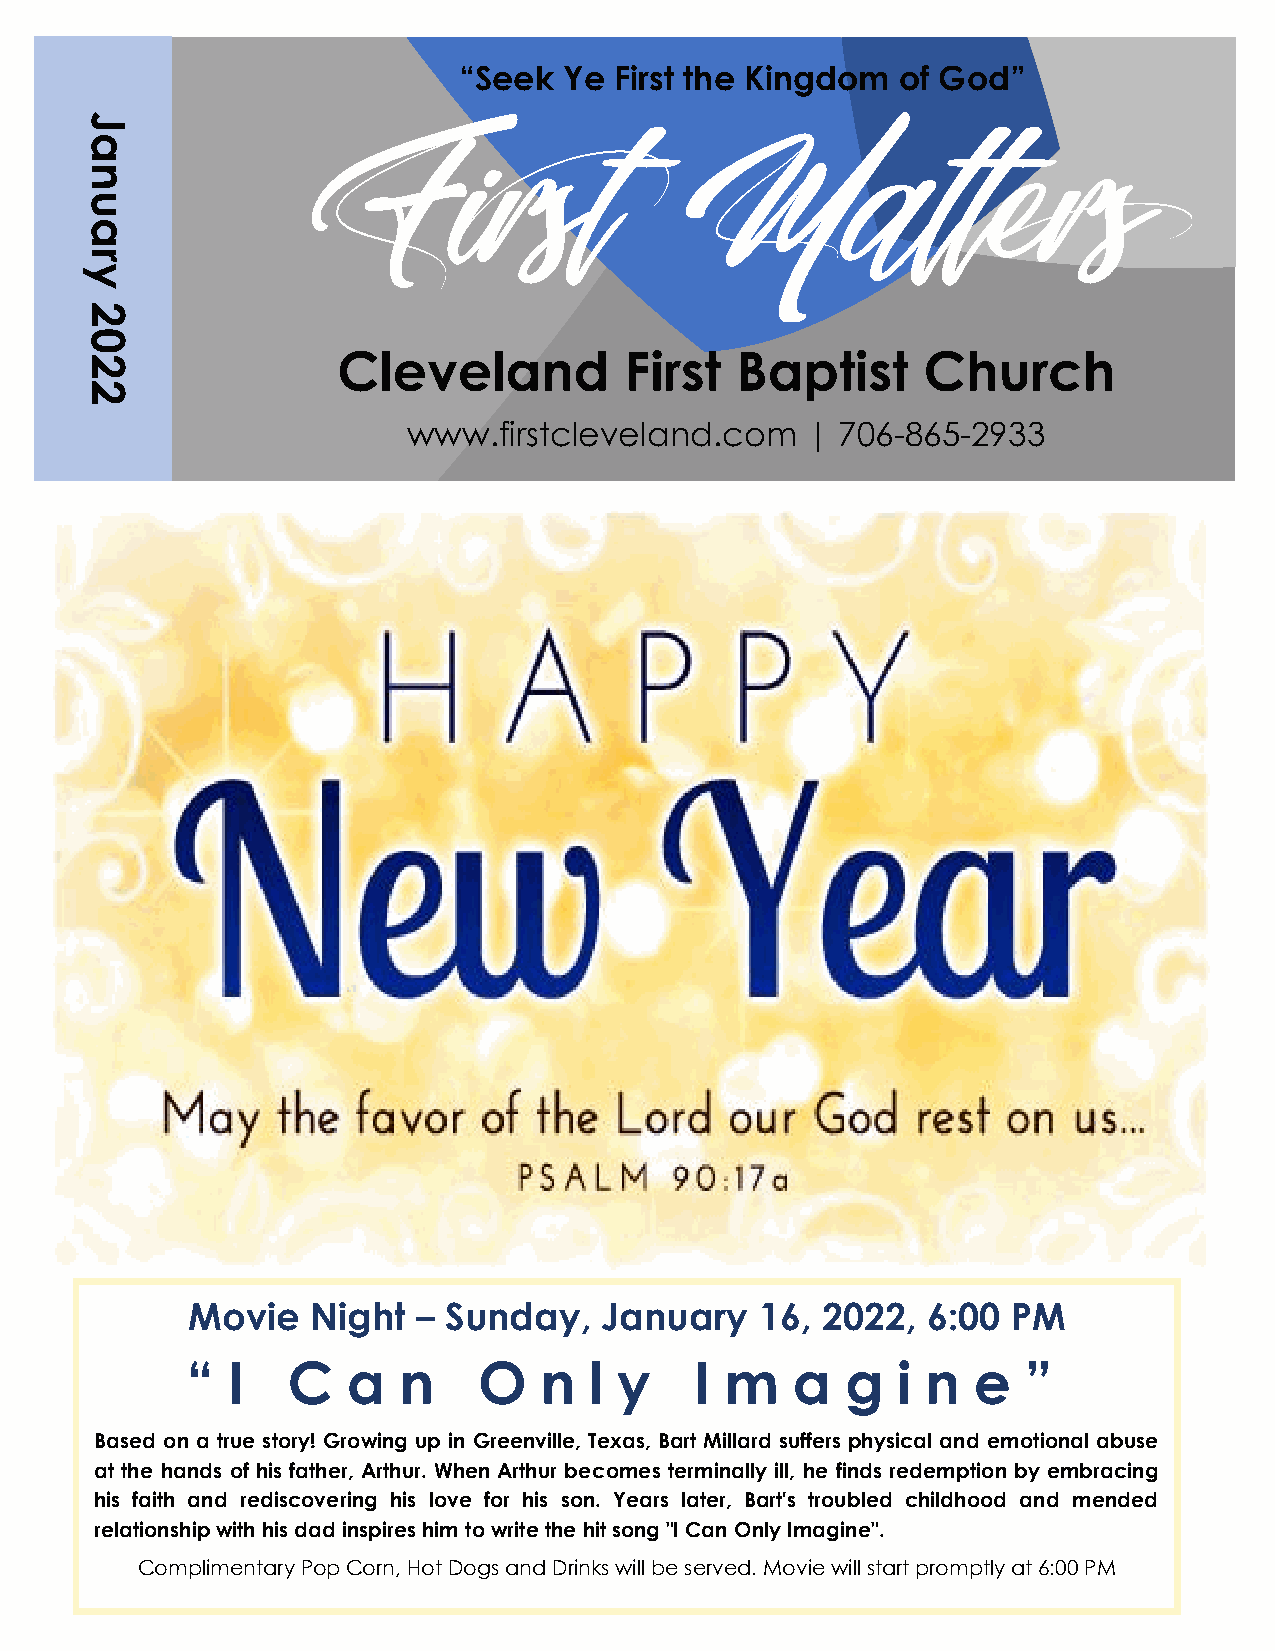
“Seek  Ye  First the Kingdom of God”
 J
 a
 n
 u
 a
 r
 y
 2
 0
 Cleveland          First   Baptist     Church
 2
 2
 www.firstcleveland.com    |  706-865-2933
 Movie    Night  – Sunday,   January   16, 2022,  6:00  PM
 “  I   C   a  n     O   n  l y    I m   a   g  i n  e   ”
 Based on a true story! Growing up in Greenville, Texas, Bart Millard suffers physical and emotional abuse
 at the hands of his father, Arthur. When Arthur becomes terminally ill, he finds redemption by embracing
 his faith and rediscovering his love for his son. Years later, Bart's troubled childhood and mended
 relationship with his dad inspires him to write the hit song "I Can Only Imagine".
 Complimentary Pop Corn, Hot Dogs and Drinks will be served. Movie will start promptly at 6:00 PM